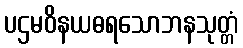
ပဌမဝိနယဓရသောဘနသုတ္တံ